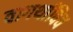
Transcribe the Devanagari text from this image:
वागर्थाविव